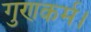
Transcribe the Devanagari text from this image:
गुणकर्म।